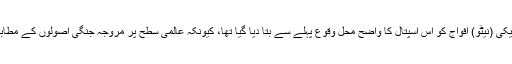
ادارے کے عالمی سربراہ کے مطابق افغان اور امریکی (نیٹو) افواج کو اس اسپتال کا واضح محل وقوع پہلے سے بتا دیا گیا تھا، کیونکہ عالمی سطح پر مروجہ جنگی اصولوں کے مطابق اسپتال اور اسکولوں پر حملہ نہیں کیا جاسکتا ہے۔